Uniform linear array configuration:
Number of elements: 4
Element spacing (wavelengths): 0.5
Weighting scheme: hann
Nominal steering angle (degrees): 45
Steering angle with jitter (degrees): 46.318
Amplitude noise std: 0.05
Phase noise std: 0.05

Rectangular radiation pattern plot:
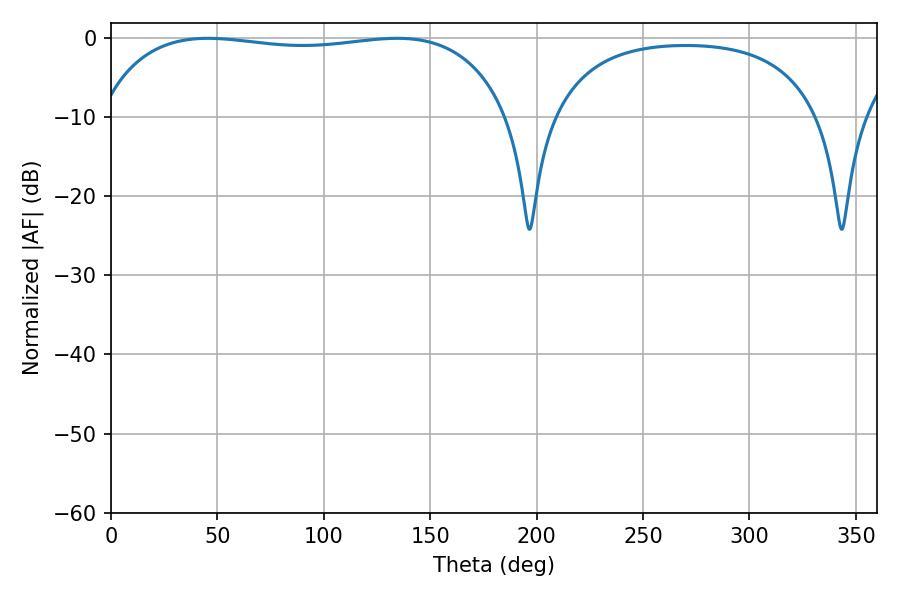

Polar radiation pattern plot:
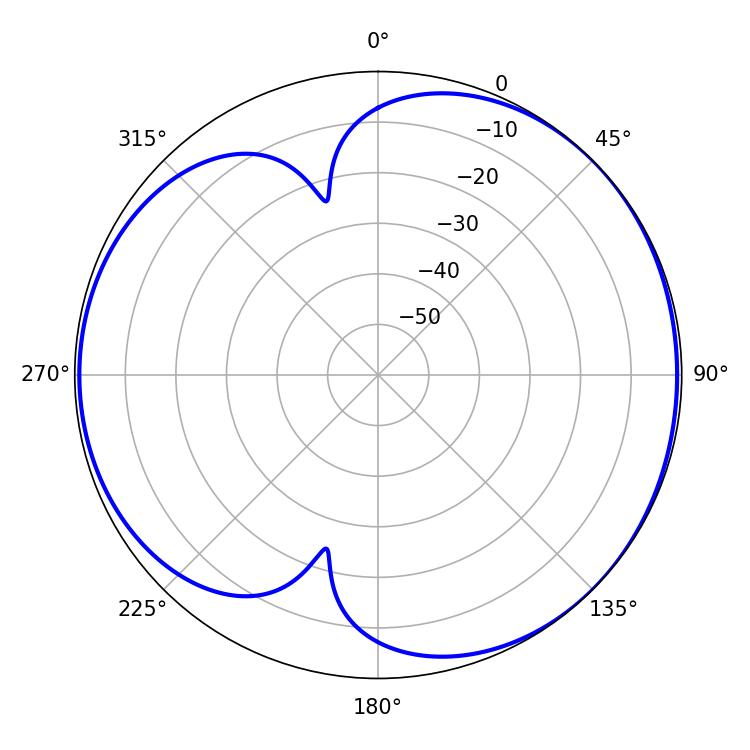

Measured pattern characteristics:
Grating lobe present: FALSE
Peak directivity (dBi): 4.574
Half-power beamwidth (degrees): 155.16
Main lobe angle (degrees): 45.54